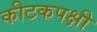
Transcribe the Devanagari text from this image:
कीटकपक्षी